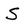
Character: S